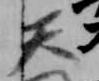
天